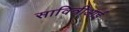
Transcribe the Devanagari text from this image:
सावित्रीआई